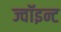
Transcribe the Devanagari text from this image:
ज्वॉइन्ट